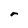
Character: r